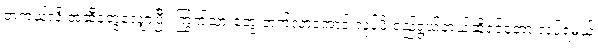
တကယ်လို့ အဆီတွေလျှော့ပြီး ကြွက်သားတွေ တက်လာအောင် လုပ်ဖို့ ရည်ရွယ်တယ်ဆိုရင်တော့ လုပ်ရမယ့်